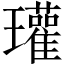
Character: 瓘